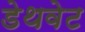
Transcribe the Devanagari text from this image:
डेथवेट